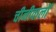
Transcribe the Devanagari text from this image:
चीनीवालों